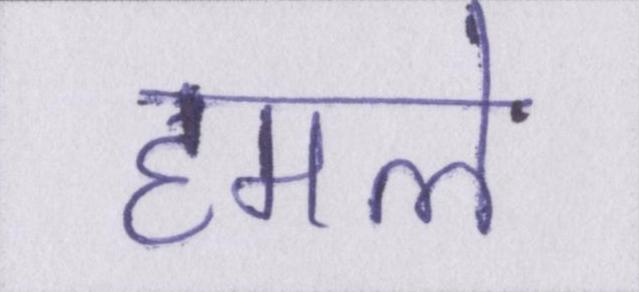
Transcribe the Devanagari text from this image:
हमले